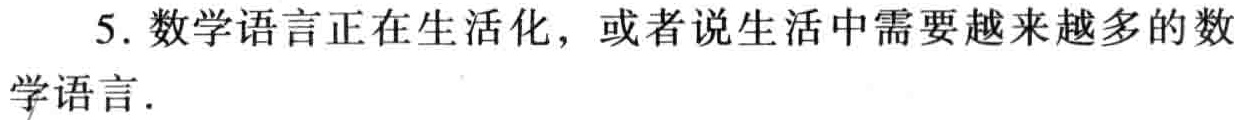
5. 数学语言正在生活化，或者说生活中需要越来越多的数学语言.